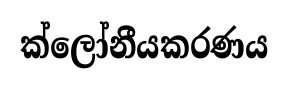
ක්ලෝනීයකරණය